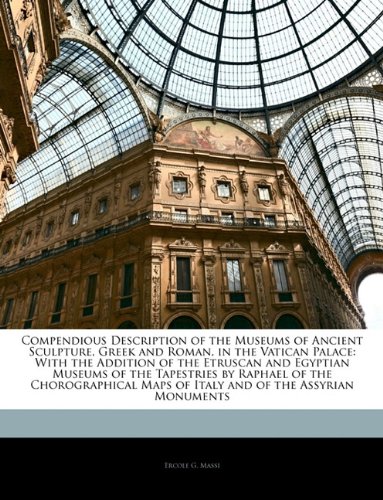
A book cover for Compendious Description of the Museums of Ancient Sculpture, Greek and Roman, in the Vatican Palace: With the Addition of the Etruscan and Egyptian ... Maps of Italy and of the Assyrian Monuments; Ercole G. Massi; Travel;